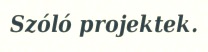
Szóló projektek.